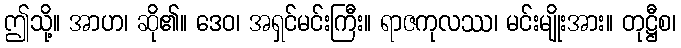
ဤသို့။ အာဟ၊ ဆို၏။ ဒေဝ၊ အရှင်မင်းကြီး။ ရာဇကုလဿ၊ မင်းမျိုးအား။ တုဋ္ဌီစ၊